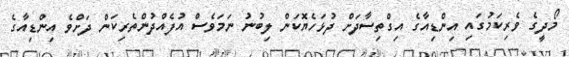
މޯދީގެ ވެރިކަމުގައި އިންޑިއާގެ އިގްތިސާދަށް ދުޅަހެޔޮކަން ލިބުނު ނަމަވެސް އުފެއްދުންތެރިކަން ދަށްވެ އިންޑިއާގެ